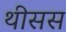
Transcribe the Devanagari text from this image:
थीसस